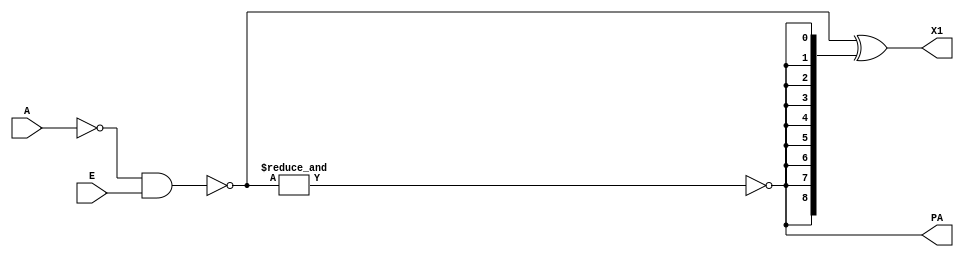
// Priority A

module M1(input[8:0] A, input [8:0] E, output PA, output[8:0] X1);

wire [8:0] w1, w2;

assign w1 = ~A;
assign w2 = ~(w1 & E);
assign PA = ~&w2;
assign X1 = w2 ^ {9{PA}};

endmodule